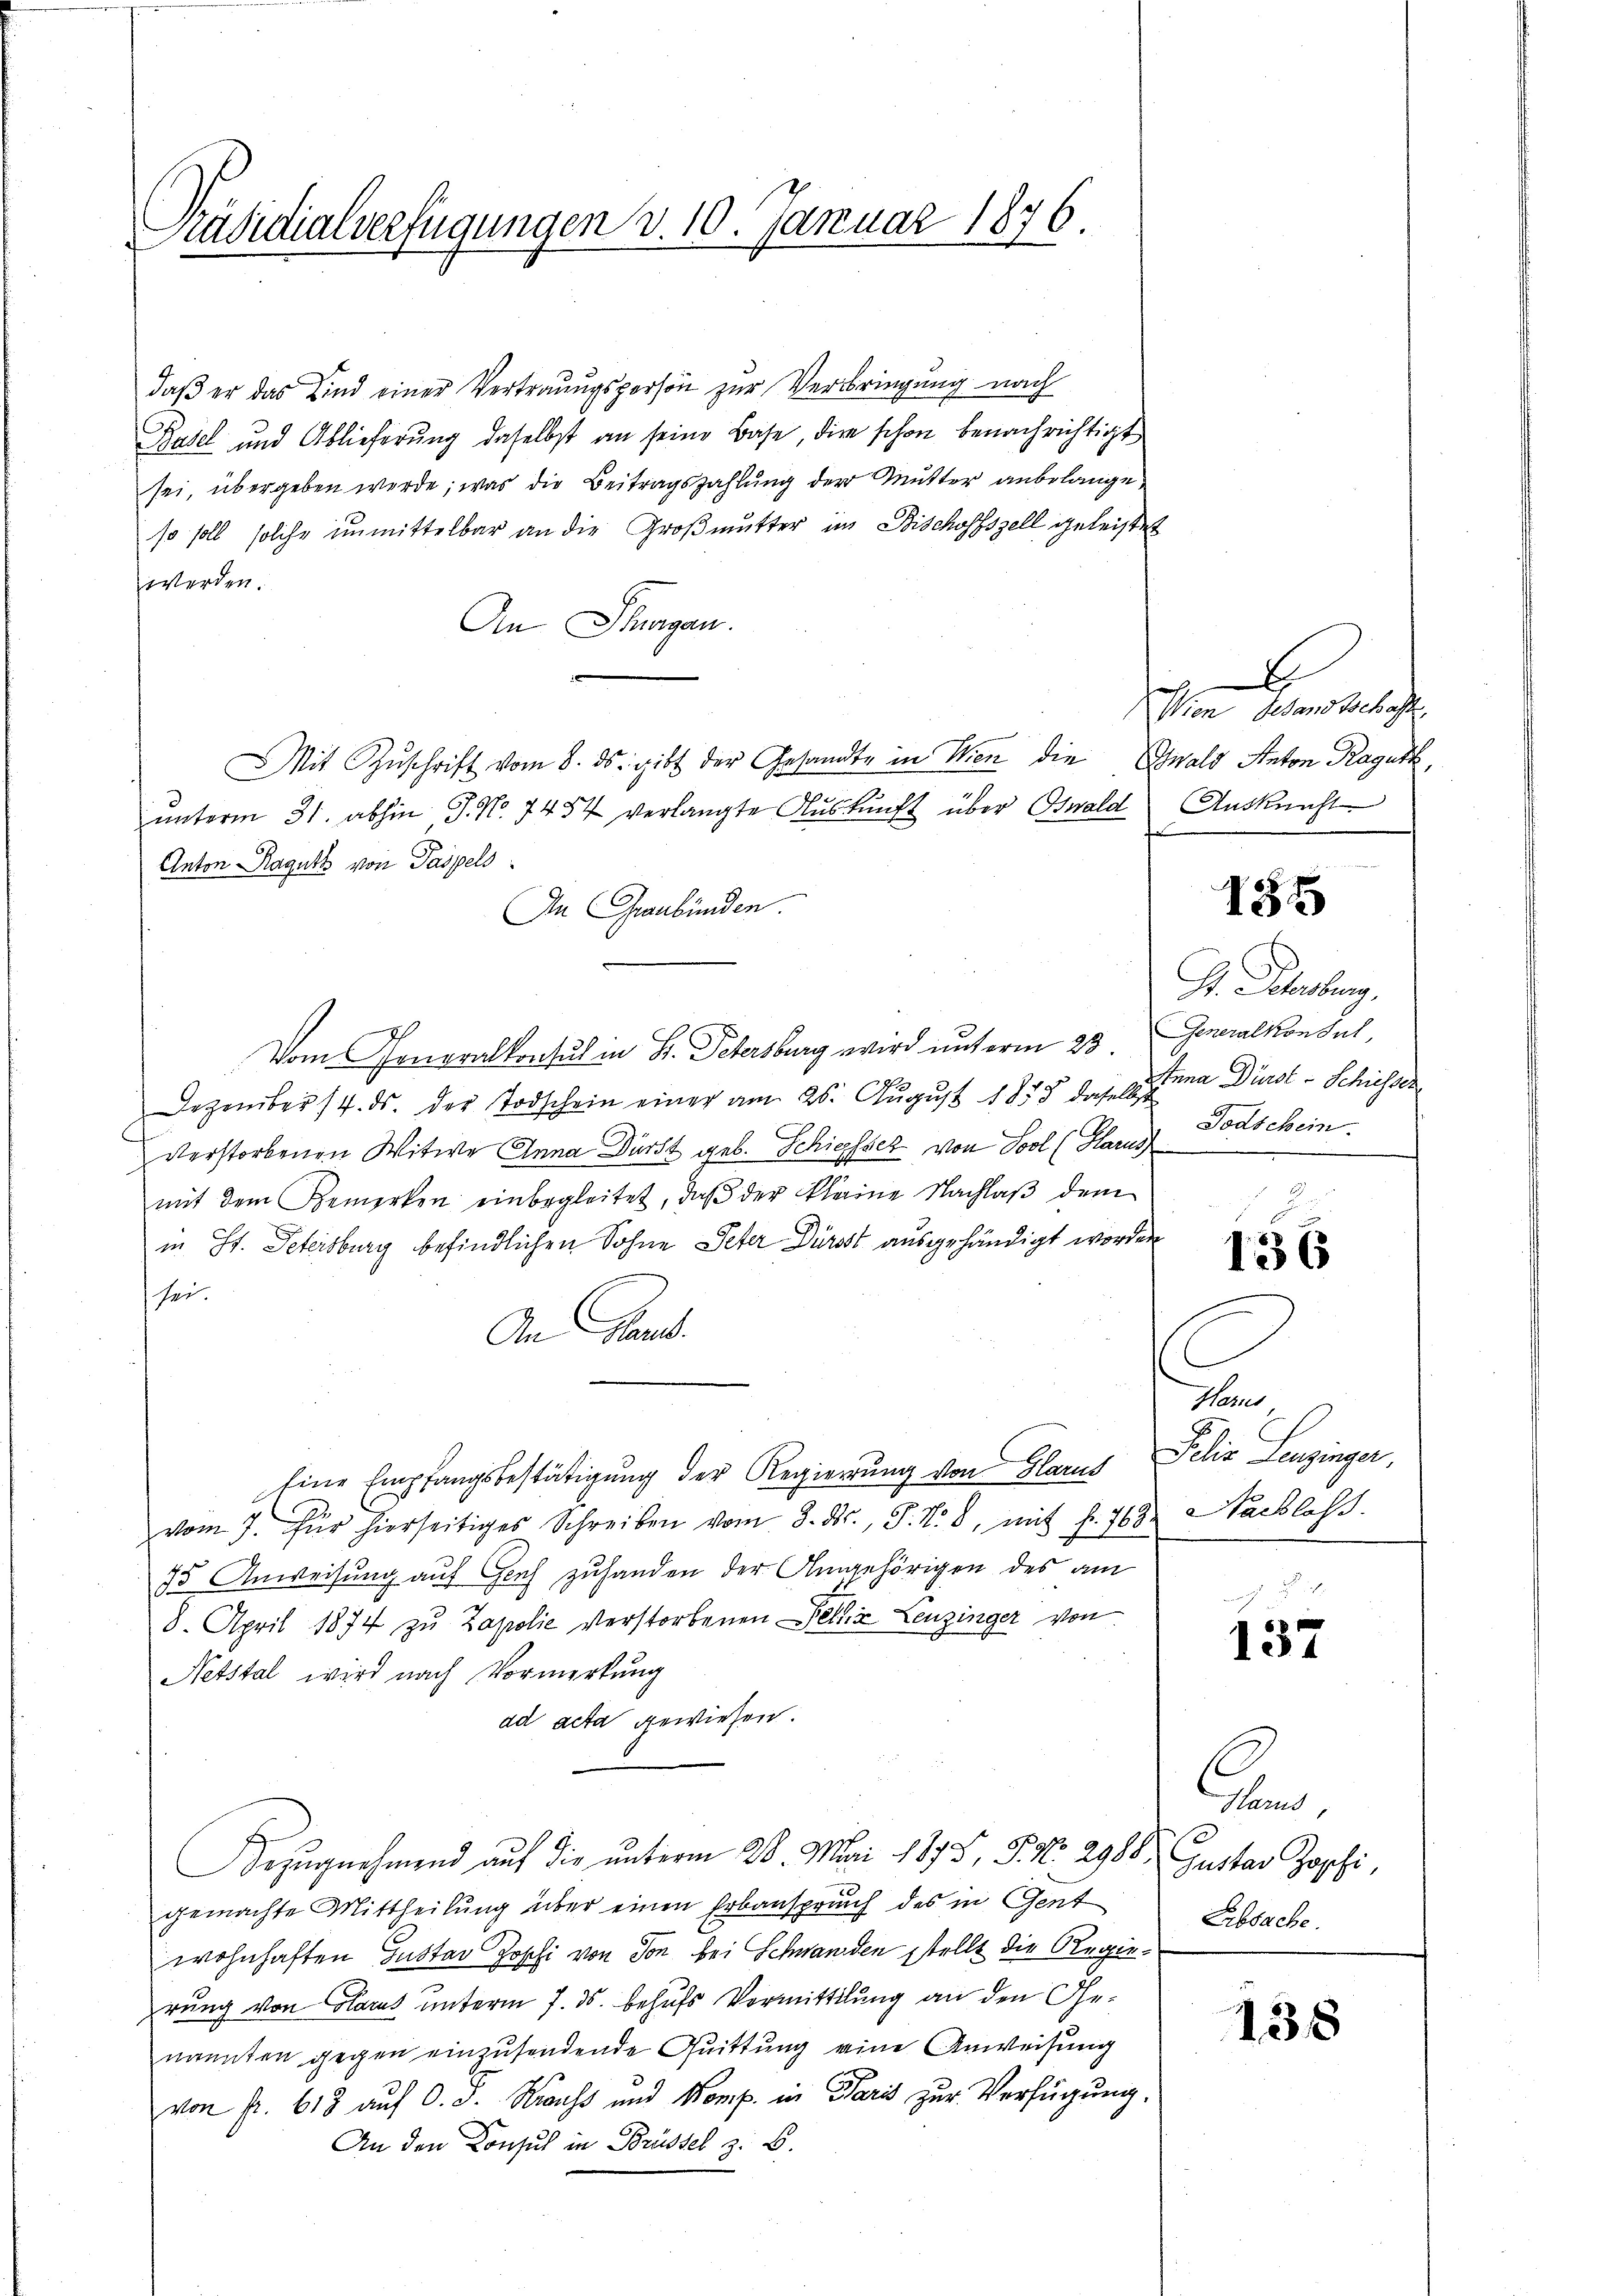
Präsidialverfügungen v. 10. Januar 1876.

daß er das Kind einer Vertrauugsperson zur Verbringung nach
Basel und Ablieferung daselbst an seine Base, die schon benachrichtigt
sei, übergeben werde; was die Beitragszahlung der Mutter anbelangeso soll solche unmittelbar an die Großmutter im Bischoffszell geleistet
werden.
An Schurgau.
Mit Zŭschrift vom 8. ds. gibt der Gesandte in Wien die Ewald Anton Raguth,
ŭnterm 31. abhin J. No. 7454 verlangte Auskunft über Oswald Auskunft
Anton Ragutt von Paspels
An Graubünden.
Vom Generalkonsul in St. Petersburg wird unterm 23.
Dezember 14. ds. der Todschein einer am 26. August 1858 daselbst
verstorbenen Witwe Anna Dürst geb. Schiesser von Sool (Harus
mit dem Bemerken einbegleitet, daβ der kleine Nachlaβ dem
in St. Petersburg befindlichen Sohne Peter Dürst ausgehändigt worden
sei.
An Pand.
Eine Empfangsbestätigung der Regierung von Glarus
vom 7. Für hierseitiges Schreiben vom 8. ds., F. N. 8, mit f. 763. Nachlass
75 Anweisung auf Genf zuhanden der Angehörigen des am
8. April 1874 zŭ Zapolie verstorbenen Felix Leuzinger von
Netstal wird nach Vormerkung
dd acta gewiesen.
Bezugnahmend auf die unterm 20. Mai 1875, S. Nr. 2988. Gustav Zopfi,
gemachte Mittheilung über einen Erbanspruch des in Gent
wohnhaften Gustav Zoschi von Von bei Schwanden stellt die Regierung von Glarus unterm 7. ds. behufs Vormittlung an den Genannten gegen einzusendende Quittung eine Anweisung
von fr. 613 auf O. S. Kraus und Komp. in Paris zur Verfügung.
An den Konsul in Brüssel z. B.

E
Wien Gesandtschaft

135

St. Petersburg,
Generalkonsul,
Anna Dürst - Schiessen
Todschein.

136

Harus
Jilio Lenzingen,

137

Harnd
Erbsache.

138